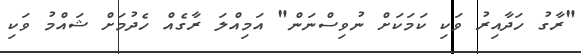
"ރާގު ހަދާއިރު ވަކި ކަމަކަށް ނުވިސްނަން" އަމިއްލަ ރާގެއް ހެދުމަށް ޝައްމު ވަކި